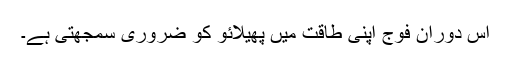
اس دوران فوج اپنی طاقت میں پھیلائو کو ضروری سمجھتی ہے۔